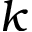
\ensuremath \boldsymbol { k }